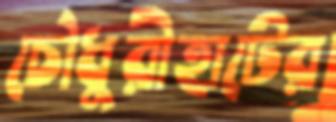
চৌধুরীহাটের